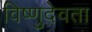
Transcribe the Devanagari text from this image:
विष्णुदेवता